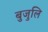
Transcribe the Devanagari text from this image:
बुजुलि